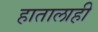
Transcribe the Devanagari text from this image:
हातालाही